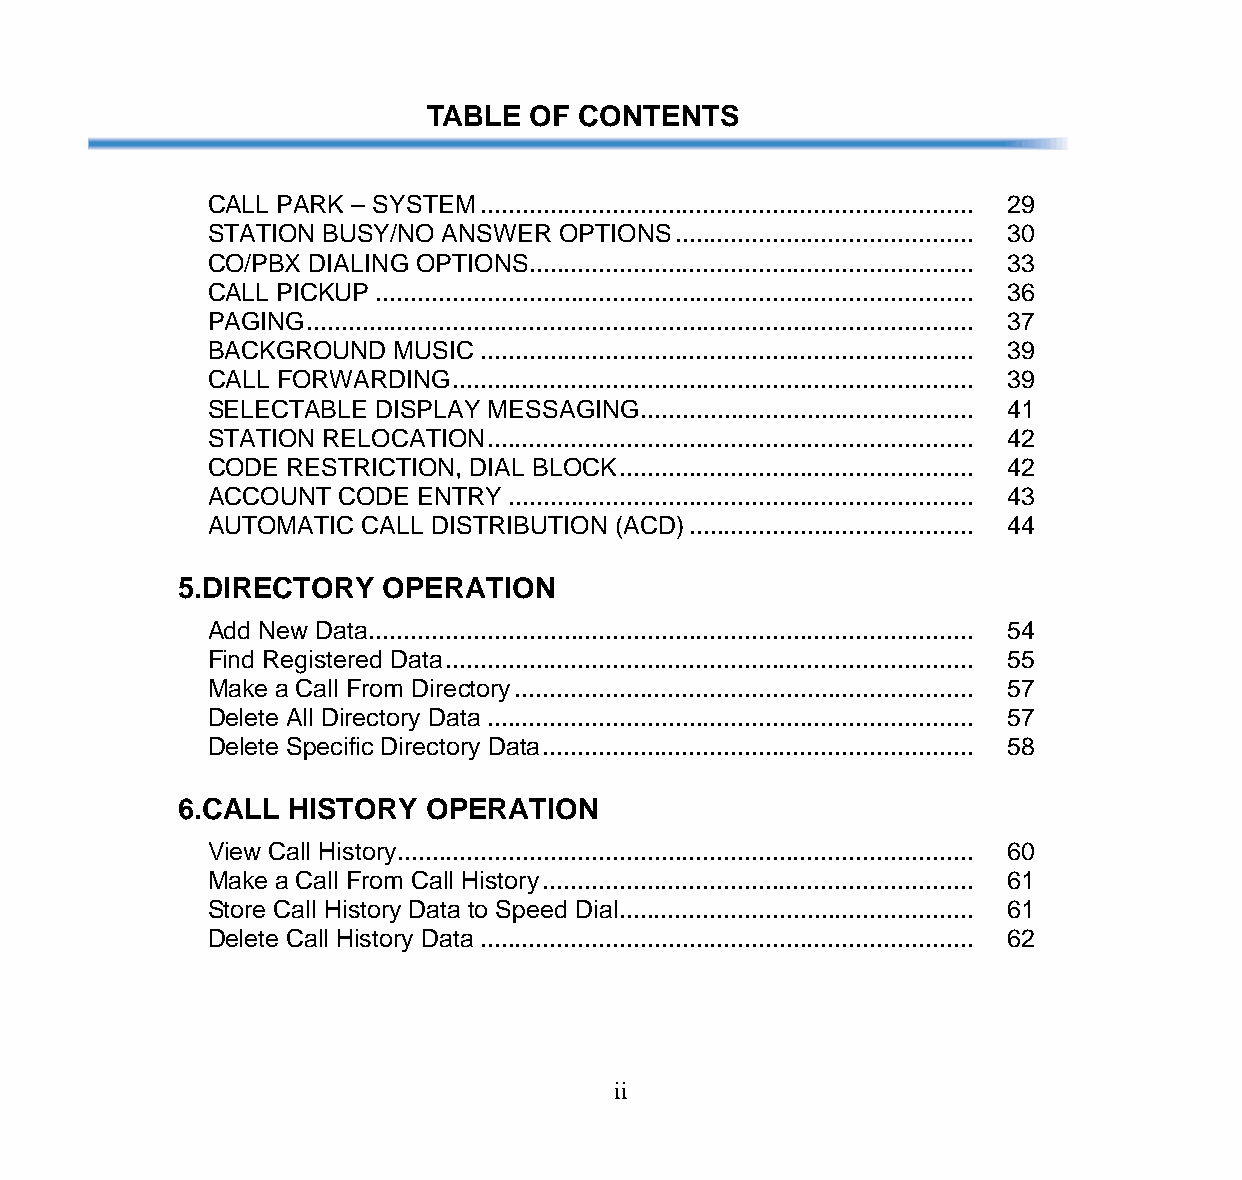
TABLE  OF CONTENTS
 CALL PARK – SYSTEM....................................................................... 29
 STATION BUSY/NO ANSWER  OPTIONS........................................... 30
 CO/PBX DIALING OPTIONS................................................................ 33
 CALL PICKUP...................................................................................... 36
 PAGING................................................................................................ 37
 BACKGROUND   MUSIC....................................................................... 39
 CALL FORWARDING........................................................................... 39
 SELECTABLE DISPLAY MESSAGING................................................ 41
 STATION RELOCATION...................................................................... 42
 CODE RESTRICTION, DIAL BLOCK................................................... 42
 ACCOUNT  CODE ENTRY................................................................... 43
 AUTOMATIC CALL DISTRIBUTION (ACD)......................................... 44
 5.DIRECTORY   OPERATION
 Add New Data....................................................................................... 54
 Find Registered Data............................................................................ 55
 Make a Call From Directory.................................................................. 57
 Delete All Directory Data...................................................................... 57
 Delete Specific Directory Data.............................................................. 58
 6.CALL  HISTORY  OPERATION
 View Call History................................................................................... 60
 Make a Call From Call History.............................................................. 61
 Store Call History Data to Speed Dial................................................... 61
 Delete Call History Data....................................................................... 62
 ii